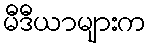
မီဒီယာများက